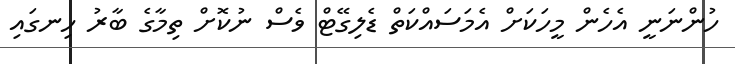
ހުންނަނީ އެހެން މީހަކަށް އެމަސައްކަތް ޑެލިގޭޓް ވެސް ނުކޮށް ތިމާގެ ބާރު ހިނގައި